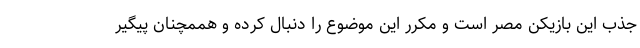
جذب این بازیکن مصر است و مکرر این موضوع را دنبال کرده و هممچنان پیگیر